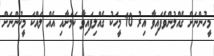
މީހުންނަށް ގެއްލުންވެފައިވާ އިރު 10 މީހަކު ގެއްލިފައިވާ ކަމަށާއި އެއް ލައްކަ މީހުންނަށް